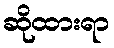
ဆိုထားရာ